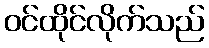
ဝင်ထိုင်လိုက်သည်